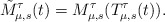
\begin{align*}\tilde M^{\tau}_{\mu,s}(t)= M^{\tau}_{\mu,s}(T_{\mu,s}^{\tau}(t)).\end{align*}